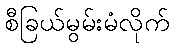
စီခြယ်မွမ်းမံလိုက်